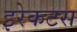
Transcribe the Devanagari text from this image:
इरेकटस